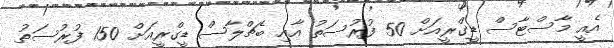
އެއީ މާސްޓާސް ޑީގްރީއަށް 50 ފުރުސަތު އާއި ބެޗްލާސް ޑީގްރީއަށް 150 ފުރުސަތު